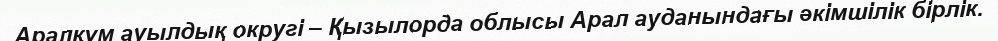
Аралқұм ауылдық округі – Қызылорда облысы Арал ауданындағы әкімшілік бірлік.